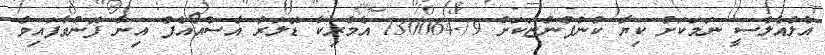
އެލްއެލްސީ ނަމަކަށް ކިޔާ ކުންފުންޏަކަށް 130064.79 އެމެރިކާ ޑޮލަރު އެސްއޯއެފް އިން ފޮނުވާފައިވެ